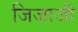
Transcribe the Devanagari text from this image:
जिजाजी